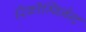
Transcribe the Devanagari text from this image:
रिकॉम्बिनेन्ट